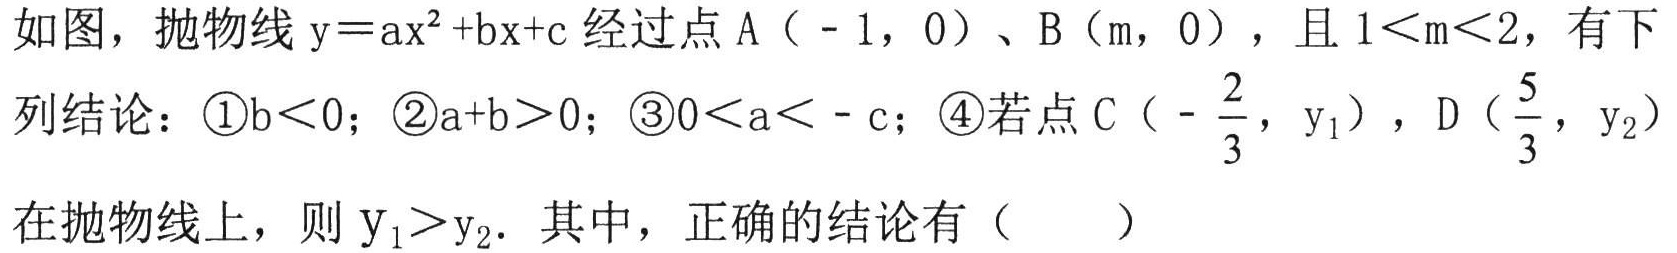
如图，抛物线$\mathrm{y}=a\mathrm{x}^{2}+b\mathrm{x}+c$经过点$\mathrm{A}（ - 1，0）$、$\mathrm{B}（m，0）$，且$1\lt m\lt2$，有下列结论：\textcircled{1}$b\lt0$；\textcircled{2}$a + b\gt0$；\textcircled{3}$0\lt a\lt - c$；\textcircled{4}若点$\mathrm{C}（ - \dfrac{2}{3}，\mathrm{y}_{1}）$，$\mathrm{D}（\dfrac{5}{3}，\mathrm{y}_{2}）$在抛物线上，则$\mathrm{y}_{1}\gt\mathrm{y}_{2}$．其中，正确的结论有（  ）